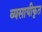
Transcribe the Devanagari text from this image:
व्यसायीकृत